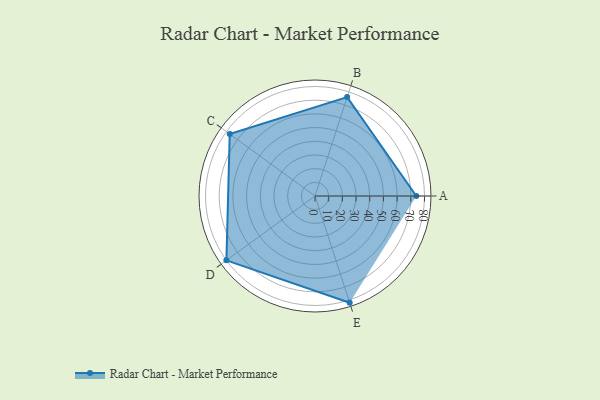
{"axis": {"x": "Skill", "y": "Score"}, "legend": ["Profile"], "data": [{"x": "A", "y": 74.0, "type": "Profile"}, {"x": "B", "y": 76.0, "type": "Profile"}, {"x": "C", "y": 77.0, "type": "Profile"}, {"x": "D", "y": 80.0, "type": "Profile"}, {"x": "E", "y": 82.0, "type": "Profile"}]}